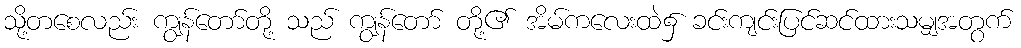
သို့တစေလည်း ကျွန်တော်တို့ သည် ကျွန်တော် တို့၏ အိမ်ကလေးထဲ၌ ခင်းကျင်းပြင်ဆင်ထားသမျှအတွက်